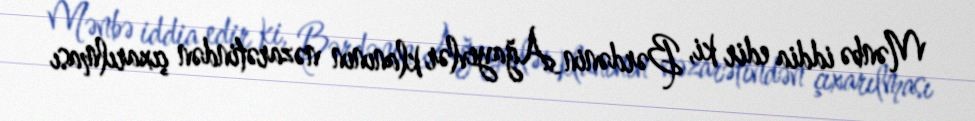
Mənbə iddia edir ki, Bərdənin Ağayevlər klanının nəzarətindən çıxarılması